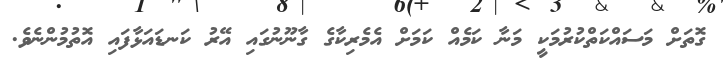
ގޮތަށް މަސައްކަތްކުރުމަކީ މަނާ ކަމެއް ކަމަށް އެމެރިކާގެ ގާނޫނުގައި އޭރު ކަނޑައަޅާފައި އޮތުމުންނެވެ.